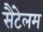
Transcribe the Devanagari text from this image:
सैंटेलम